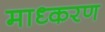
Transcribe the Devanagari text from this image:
माध्करण